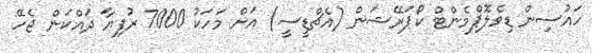
ހައުސިން ޑިވެލޮޕްމެންޓް ކޯޕަރޭޝަން (އެޗްޑީސީ) އަށް މަހަކު 7000 ރުފިޔާ ދައްކަން ޖެހޭ